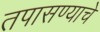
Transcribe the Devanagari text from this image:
तपासण्याचे